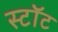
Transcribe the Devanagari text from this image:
स्टॉट